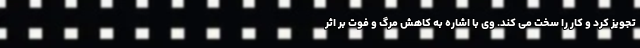
تجویز کرد و کار را سخت می کند. وی با اشاره به کاهش مرگ و فوت بر اثر